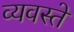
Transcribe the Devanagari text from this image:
व्यवस्ते